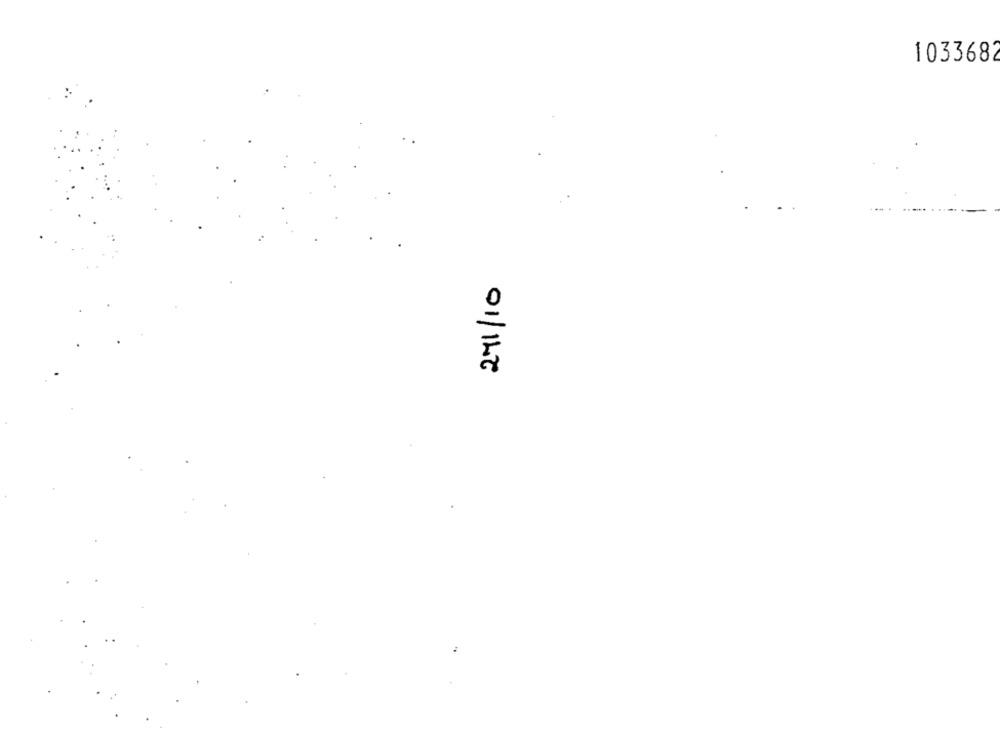
1033682
271/10